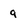
Character: 9